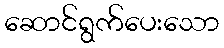
ဆောင်ရွက်ပေးသော